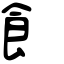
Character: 飠